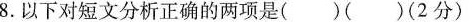
8.以下对短文分析正确的两项是( )( )(2分)